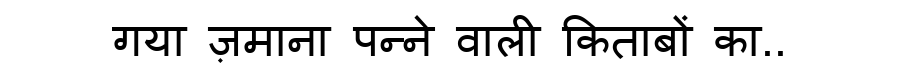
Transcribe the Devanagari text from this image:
गया ज़माना पन्ने वाली किताबों का..